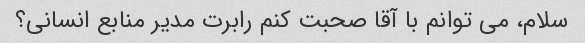
سلام، می توانم با آقا صحبت کنم رابرت مدیر منابع انسانی؟